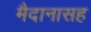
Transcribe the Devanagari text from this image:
मैदानासह